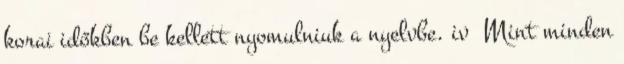
korai időkben be kellett nyomulniuk a nyelvbe. iv Mint minden